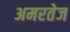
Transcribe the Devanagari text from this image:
अमरतेज